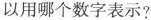
以用哪个数字表示?